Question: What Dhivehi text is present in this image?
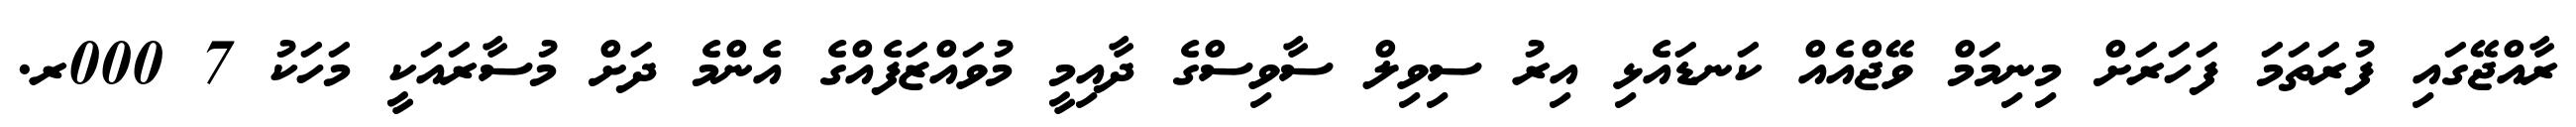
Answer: ރާއްޖޭގައި ފުރަތަމަ ފަހަރަށް މިނިމަމް ވޭޖްއެއް ކަނޑައެޅި އިރު ސިވިލް ސާވިސްގެ ދާއިމީ މުވައްޒަފެއްގެ އެންމެ ދަށް މުސާރައަކީ މަހަކު 7 000ރ.